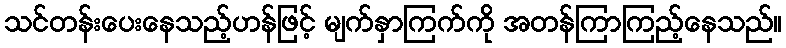
သင်တန်းပေးနေသည့်ဟန်ဖြင့် မျက်နှာကြက်ကို အတန်ကြာကြည့်နေသည်။